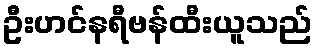
ဦးဟင်နရီဗန်ထီးယူသည်